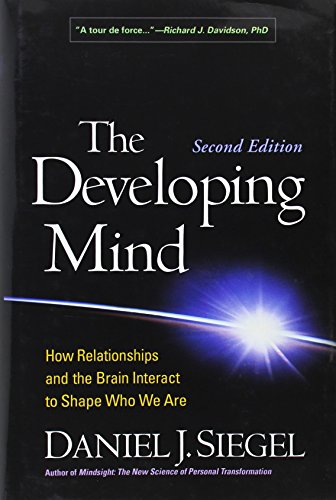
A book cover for The Developing Mind, Second Edition: How Relationships and the Brain Interact to Shape Who We Are; Daniel J. Siegel; Medical Books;